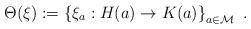
LaTeX: \begin{align*}\Theta(\xi):=\left\{\xi_a:H(a)\to K(a)\right\}_{a\in\mathcal M}\ .\end{align*}